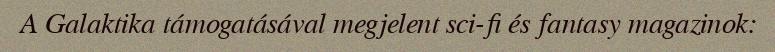
A Galaktika támogatásával megjelent sci-fi és fantasy magazinok: